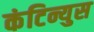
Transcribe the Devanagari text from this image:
कंटिन्युस